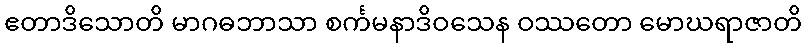
ဧတာဒိသောတိ မာဂဓဘာသာ စင်္ကမနာဒိဝသေန ဝဿတော မောဃရာဇာတိ